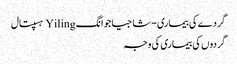
گردے کی بیماری - شاجیاجوانگ Yiling ہسپتال
گردوں کی بیماری کی وجہ